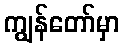
ကျွန်တော်မှာ